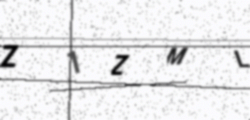
Text: Z1ZML